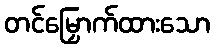
တင်မြှောက်ထားသော